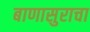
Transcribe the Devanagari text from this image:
बाणासुराचा